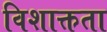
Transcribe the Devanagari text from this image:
विशाक्तता